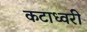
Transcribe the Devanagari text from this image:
कटाध्वरी